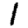
Digit: 1